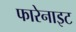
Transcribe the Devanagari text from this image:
फारेनाइट